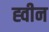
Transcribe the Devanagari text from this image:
ह्वीन